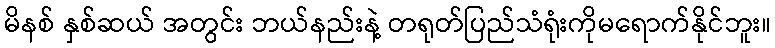
မိနစ် နှစ်ဆယ် အတွင်း ဘယ်နည်းနဲ့ တရုတ်ပြည်သံရုံးကိုမရောက်နိုင်ဘူး။